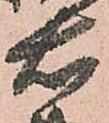
右